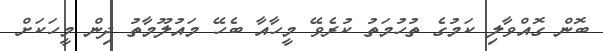
ބޮން ގޮއްވާލި ކަމުގެ ތުހުމަތު ކުރެވޭ މީހާއާ ބެހޭ މައުލޫމާތު ދިން މީހަކަށް